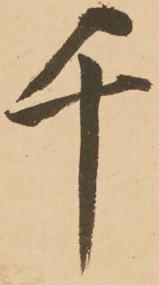
千